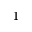
1